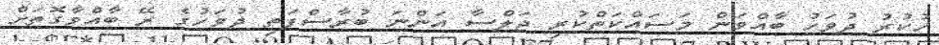
ހުކުރު ދުވަހު ބާއްވަން މަސައްކަތްކުރި ޖަލްސާ އަންނަ ބުރާސްފަތި ދުވަހުގެ ރޭ ބާއްވާގޮތަށް